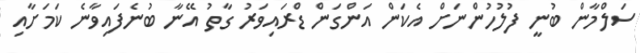
ސަލްމާން ބުނީ ފުލުހުންނަށް އެކަން އަންގަން ޑްރައިވަރު ގާތު އޭނާ ބުނެފައިވާނެ ކަމަށާއި